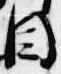
目